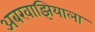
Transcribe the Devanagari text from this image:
अबखाझियाला